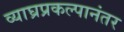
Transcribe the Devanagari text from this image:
व्याघ्रप्रकल्पानंतर